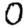
Digit: 0